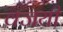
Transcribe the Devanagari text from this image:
वजयी